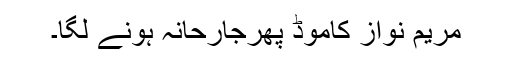
مریم نواز کاموڈ پھرجارحانہ ہونے لگا۔